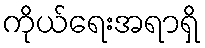
ကိုယ်ရေးအရာရှိ